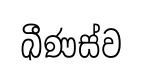
ඛීණස්ව